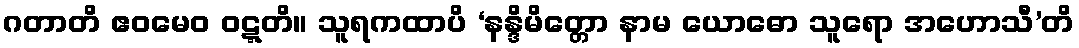
ဂတာတိ ဧဝမေဝ ဝဋ္ဋတိ။ သူရကထာပိ ‘နန္ဒိမိတ္တော နာမ ယောဓော သူရော အဟောသီ’တိ